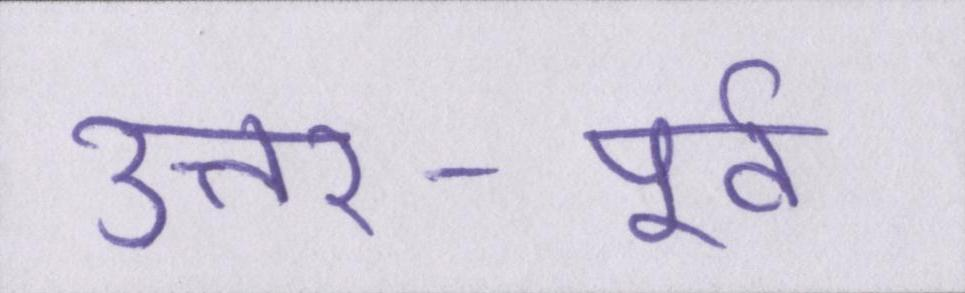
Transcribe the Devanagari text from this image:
उत्तर-पूर्व